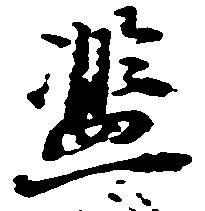
濫